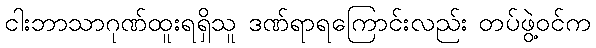
ငါးဘာသာဂုဏ်ထူးရရှိသူ ဒဏ်ရာရကြောင်းလည်း တပ်ဖွဲ့ဝင်က